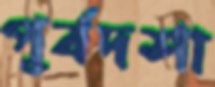
পূর্বদশা